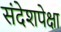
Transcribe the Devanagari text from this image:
संदेशपेक्षा